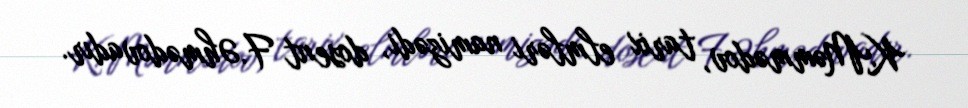
K.Məmmədov, tarix elmləri namizədi, dosent F.Əhmədovadır.